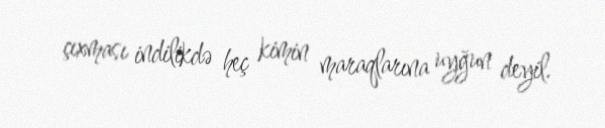
çıxması indilikdə heç kimin maraqlarına uyğun deyil.